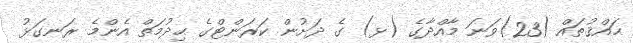
ޙައްޤުތައް (23)ވަނަ މާއްދާގެ (ޅ) ގެ ދަށުން ކަރަންޓްގެ ޙިދުމަތް އެންމެ ރަނގަޅު